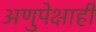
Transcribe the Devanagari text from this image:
अणुपेक्षाही